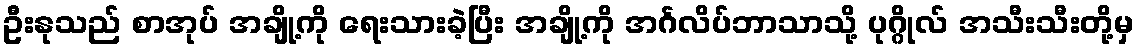
ဦးနုသည် စာအုပ် အချို့ကို ရေးသားခဲ့ပြီး အချို့ကို အင်္ဂလိပ်ဘာသာသို့ ပုဂ္ဂိုလ် အသီးသီးတို့မှ